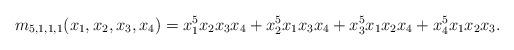
LaTeX: \begin{align*}m_{5,1,1,1}(x_1,x_2,x_3,x_4)&= x_1^5x_2x_3x_4 + x_2^5x_1x_3x_4 + x_3^5x_1x_2x_4 + x_4^5x_1x_2x_3.\end{align*}